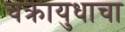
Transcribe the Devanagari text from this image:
चक्रायुधाचा